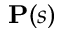
\mathbf P ( s )